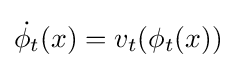
{\dot {\phi _{t}}}(x)=v_{t}(\phi _{t}(x))